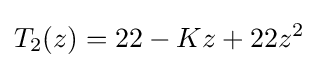
T_{2}(z)=22-Kz+22z^{2}